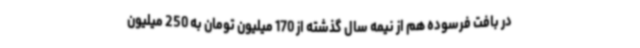
در بافت فرسوده هم از نیمه سال گذشته از 170 میلیون تومان به 250 میلیون